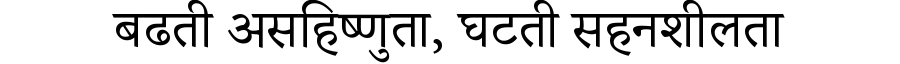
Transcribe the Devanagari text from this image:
बढती असहिष्णुता, घटती सहनशीलता